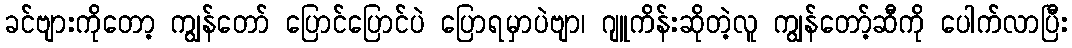
ခင်ဗျားကိုတော့ ကျွန်တော် ပြောင်ပြောင်ပဲ ပြောရမှာပဲဗျာ၊ ဂျူကိန်းဆိုတဲ့လူ ကျွန်တော့်ဆီကို ပေါက်လာပြီး